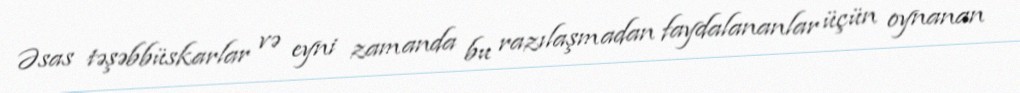
Əsas təşəbbüskarlar və eyni zamanda bu razılaşmadan faydalananlar üçün oynanan